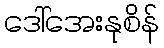
ဒေါ်အေးနုစိန်